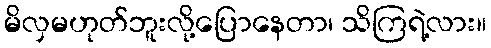
မိလှမဟုတ်ဘူးလို့ပြောနေတာ၊ သိကြရဲ့လား။